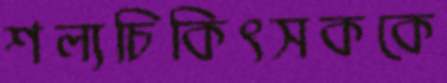
শল্যচিকিৎসককে